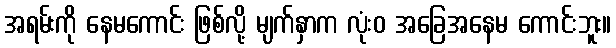
အရမ်းကို နေမကောင်း ဖြစ်လို့ မျက်နှာက လုံးဝ အခြေအနေမ ကောင်းဘူး။